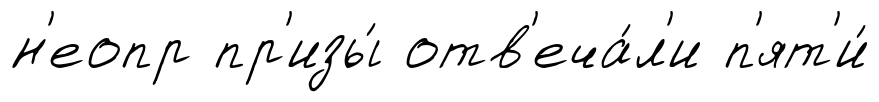
н'еопр пр'изы́ отв'еча́л'и п'ят'и́